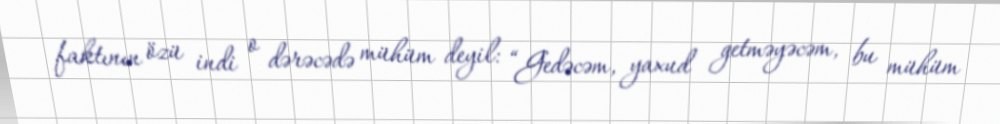
faktının özü indi o dərəcədə mühüm deyil: “Gedəcəm, yaxud getməyəcəm, bu mühüm